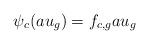
LaTeX: \begin{align*} \psi_c(au_{g}) = f_{c, g}au_{g} \end{align*}